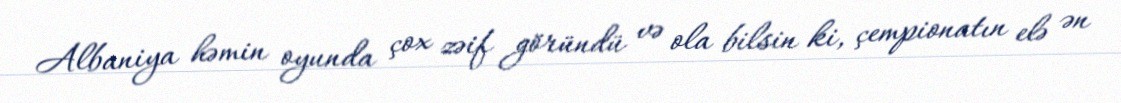
Albaniya həmin oyunda çox zəif göründü və ola bilsin ki, çempionatın elə ən